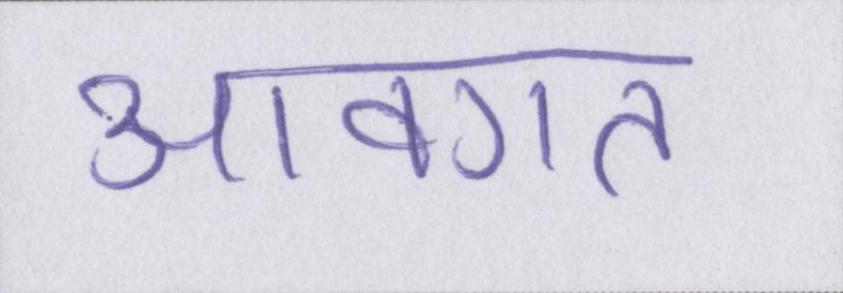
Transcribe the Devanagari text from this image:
आवगत